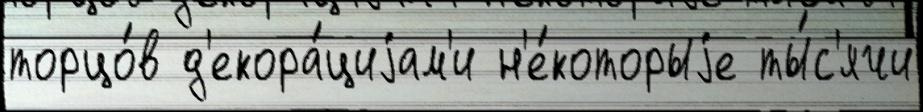
торцо́в д'екора́циjам'и н'е́которыjе ты́с'ячи